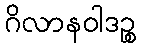
ဂိလာနဝါဒဉ္စ